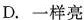
D.一样亮